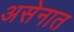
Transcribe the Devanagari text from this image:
असेनात